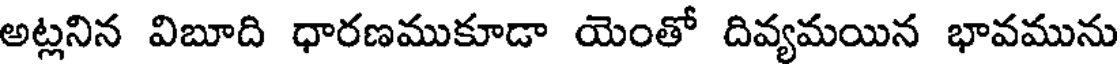
అట్లనిన విబూది ధారణముకూడా యెంతో దివ్యమయిన భావమును